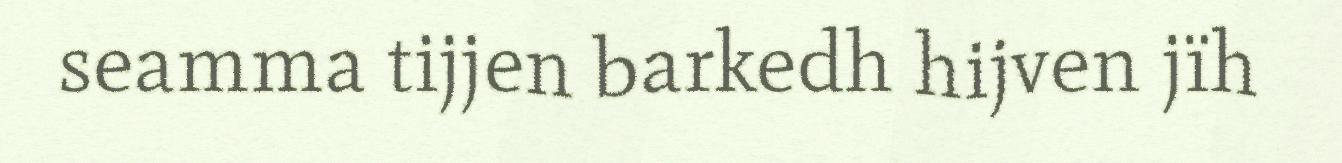
seamma tijjen barkedh hijven jïh